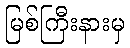
မြစ်ကြီးနားမှ